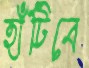
হাঁটিবে